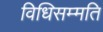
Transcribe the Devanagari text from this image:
विधिसम्मति